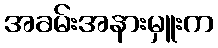
အခမ်းအနားမှူးက